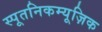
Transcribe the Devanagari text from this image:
स्पूतनिकम्यूज़िक